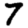
Digit: 7